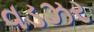
વડઝર